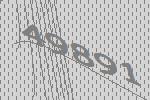
49891